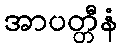
အာပတ္တီနံ